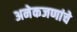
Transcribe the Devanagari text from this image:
अनेकजणांचे